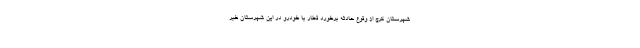
شهرستان کرج از وقوع حادثه برخورد قطار با خودرو در این شهرستان خبر